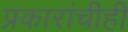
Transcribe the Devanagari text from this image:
प्रकारांचीही